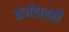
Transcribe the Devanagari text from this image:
कर्जदारही